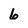
Character: 6